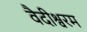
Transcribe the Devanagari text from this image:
वैदीश्वरम